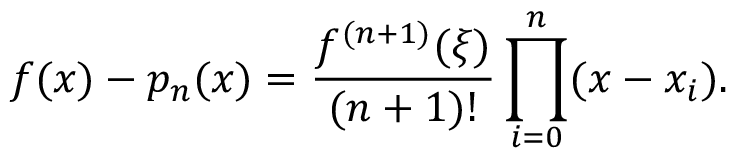
f ( x ) - p _ { n } ( x ) = { \frac { f ^ { ( n + 1 ) } ( \xi ) } { ( n + 1 ) ! } } \prod _ { i = 0 } ^ { n } ( x - x _ { i } ) .